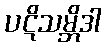
ပဋိသမ္ဘိဒါ